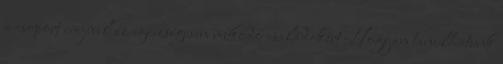
a csoport erejével az egészségesen működő családokért Hogyan tanulhatunk